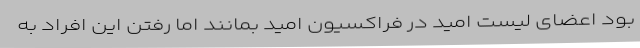
بود اعضای لیست امید در فراکسیون امید بمانند اما رفتن این افراد به